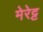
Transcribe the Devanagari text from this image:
मेरेट्ट